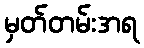
မှတ်တမ်းအရ